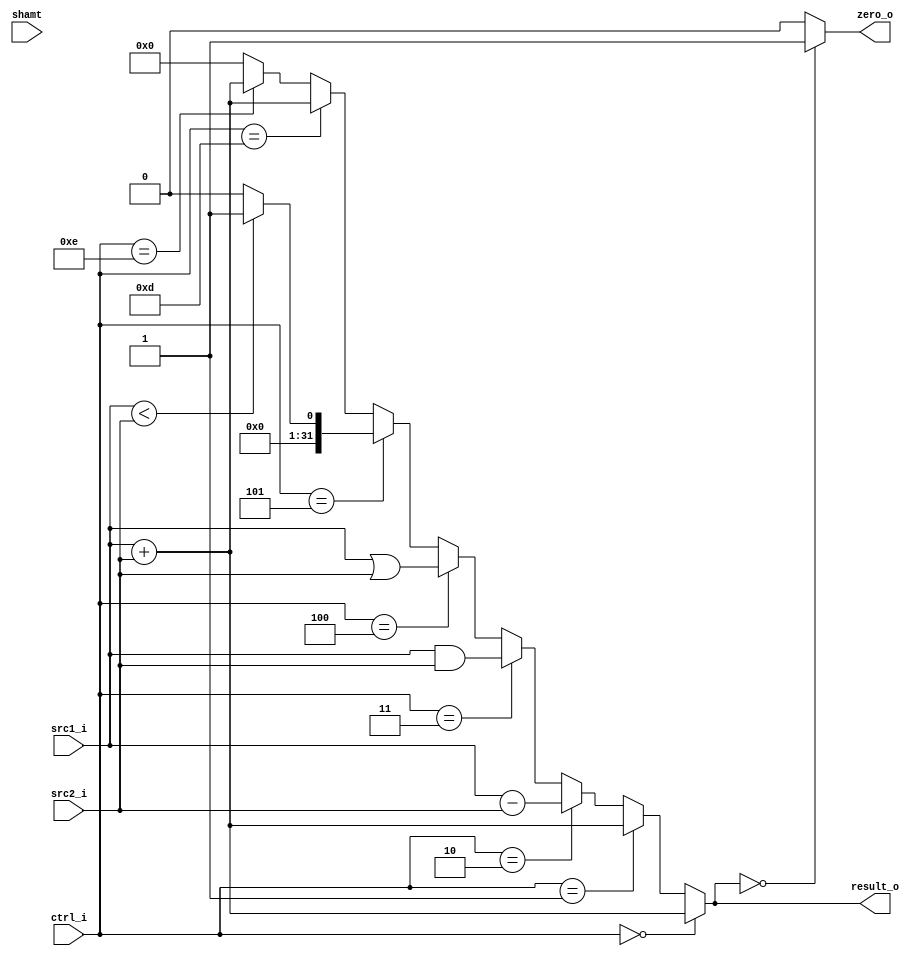
//Subject:     CO project 2 - ALU
//--------------------------------------------------------------------------------
//Version:     1
//--------------------------------------------------------------------------------
//Writer:      
//----------------------------------------------
//Date:        
//----------------------------------------------
//Description: 
//--------------------------------------------------------------------------------

module ALU(
    src1_i,
	src2_i,
	ctrl_i,
	result_o,
	zero_o,
	shamt
	);
     
//I/O ports
input  [32-1:0]  src1_i;
input  [32-1:0]	 src2_i;
input  [5-1:0]   ctrl_i;

output [32-1:0]	 result_o;
output           zero_o;

input [4:0] shamt;
//Internal signals
reg    [32-1:0]  result_o;

wire             zero_o;

assign zero_o = (result_o==0)?1:0;
//Parameter

//Main function
always @(*)begin
	if(ctrl_i == 0)begin//add
		result_o <= src1_i + src2_i; 
	end
	else if(ctrl_i == 1)begin//addi
		result_o <= src1_i + src2_i; 
	end
	else if(ctrl_i == 2)begin//sub
		result_o <= src1_i - src2_i; 
	end
	else if(ctrl_i == 3)begin//and
		result_o <= src1_i & src2_i; 
	end
	else if(ctrl_i == 4)begin//or
		result_o <= src1_i | src2_i; 
	end
	else if(ctrl_i == 5)begin//slt
		if(src1_i < src2_i)result_o <= 1;
		else result_o <= 0;
		
	end
	else if(ctrl_i == 13)begin //LW
		result_o <= src1_i + src2_i; 
	end
	else if(ctrl_i == 14)begin //SW
		result_o <= src1_i + src2_i; 
	end
	else result_o <= 0;
end
endmodule